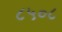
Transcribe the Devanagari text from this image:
८५०८